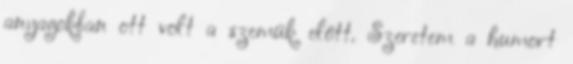
anyagokban ott volt a szemük előtt. Szeretem a humort